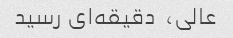
عالی،  دقیقه‌ای رسید